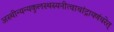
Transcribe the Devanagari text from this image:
अस्थीन्यन्यकुलस्थस्यनीत्वाचांद्रायणंचरेत्